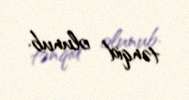
tənqid olunub.